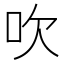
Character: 吹